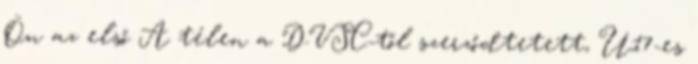
Ön az első A télen a DVSC-től szerződtetett, U17-es